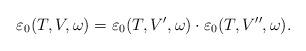
LaTeX: \begin{align*}\varepsilon_0(T,V,\omega)=\varepsilon_0(T,V^\prime,\omega)\cdot \varepsilon_0(T,V^{\prime\prime},\omega).\end{align*}